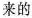
来的